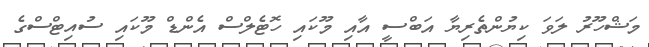
މަޝްހޫރު ލަވަ ކިޔުންތެރިޔާ އަބްސީ އާއި މޫކައި ހޮޓެލްސް އެންޑް މޫކައި ސުއިޓްސްގެ